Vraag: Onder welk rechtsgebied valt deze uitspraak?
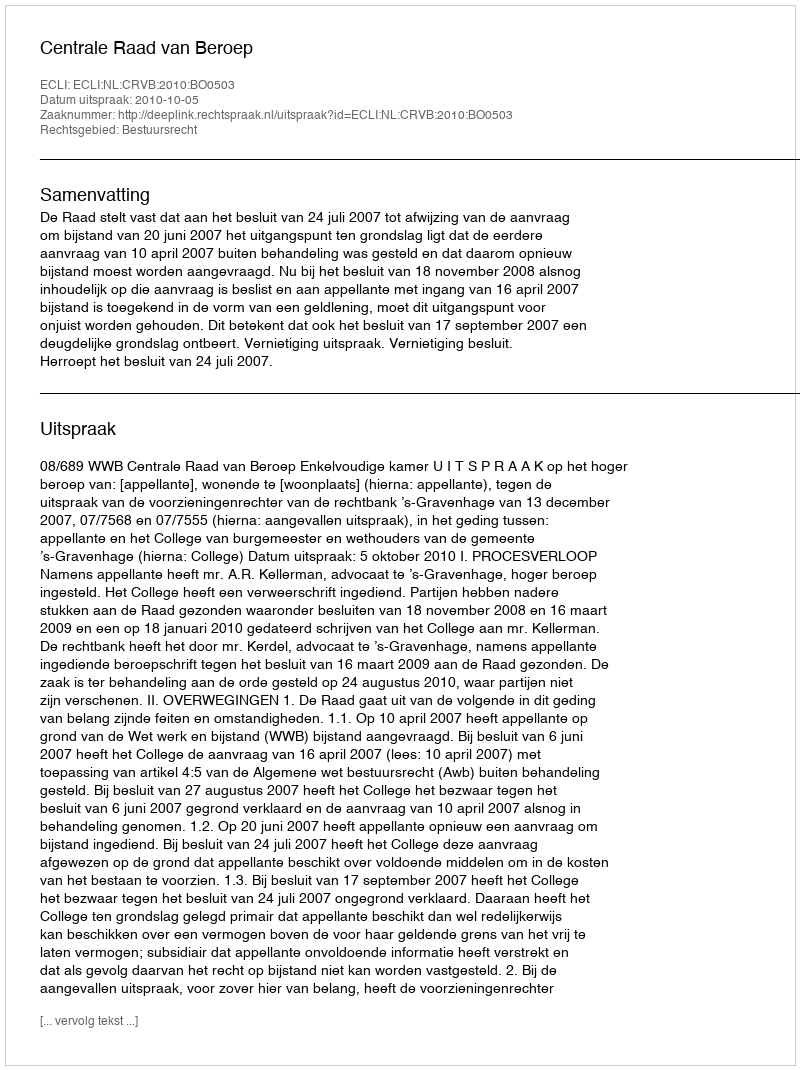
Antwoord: Bestuursrecht